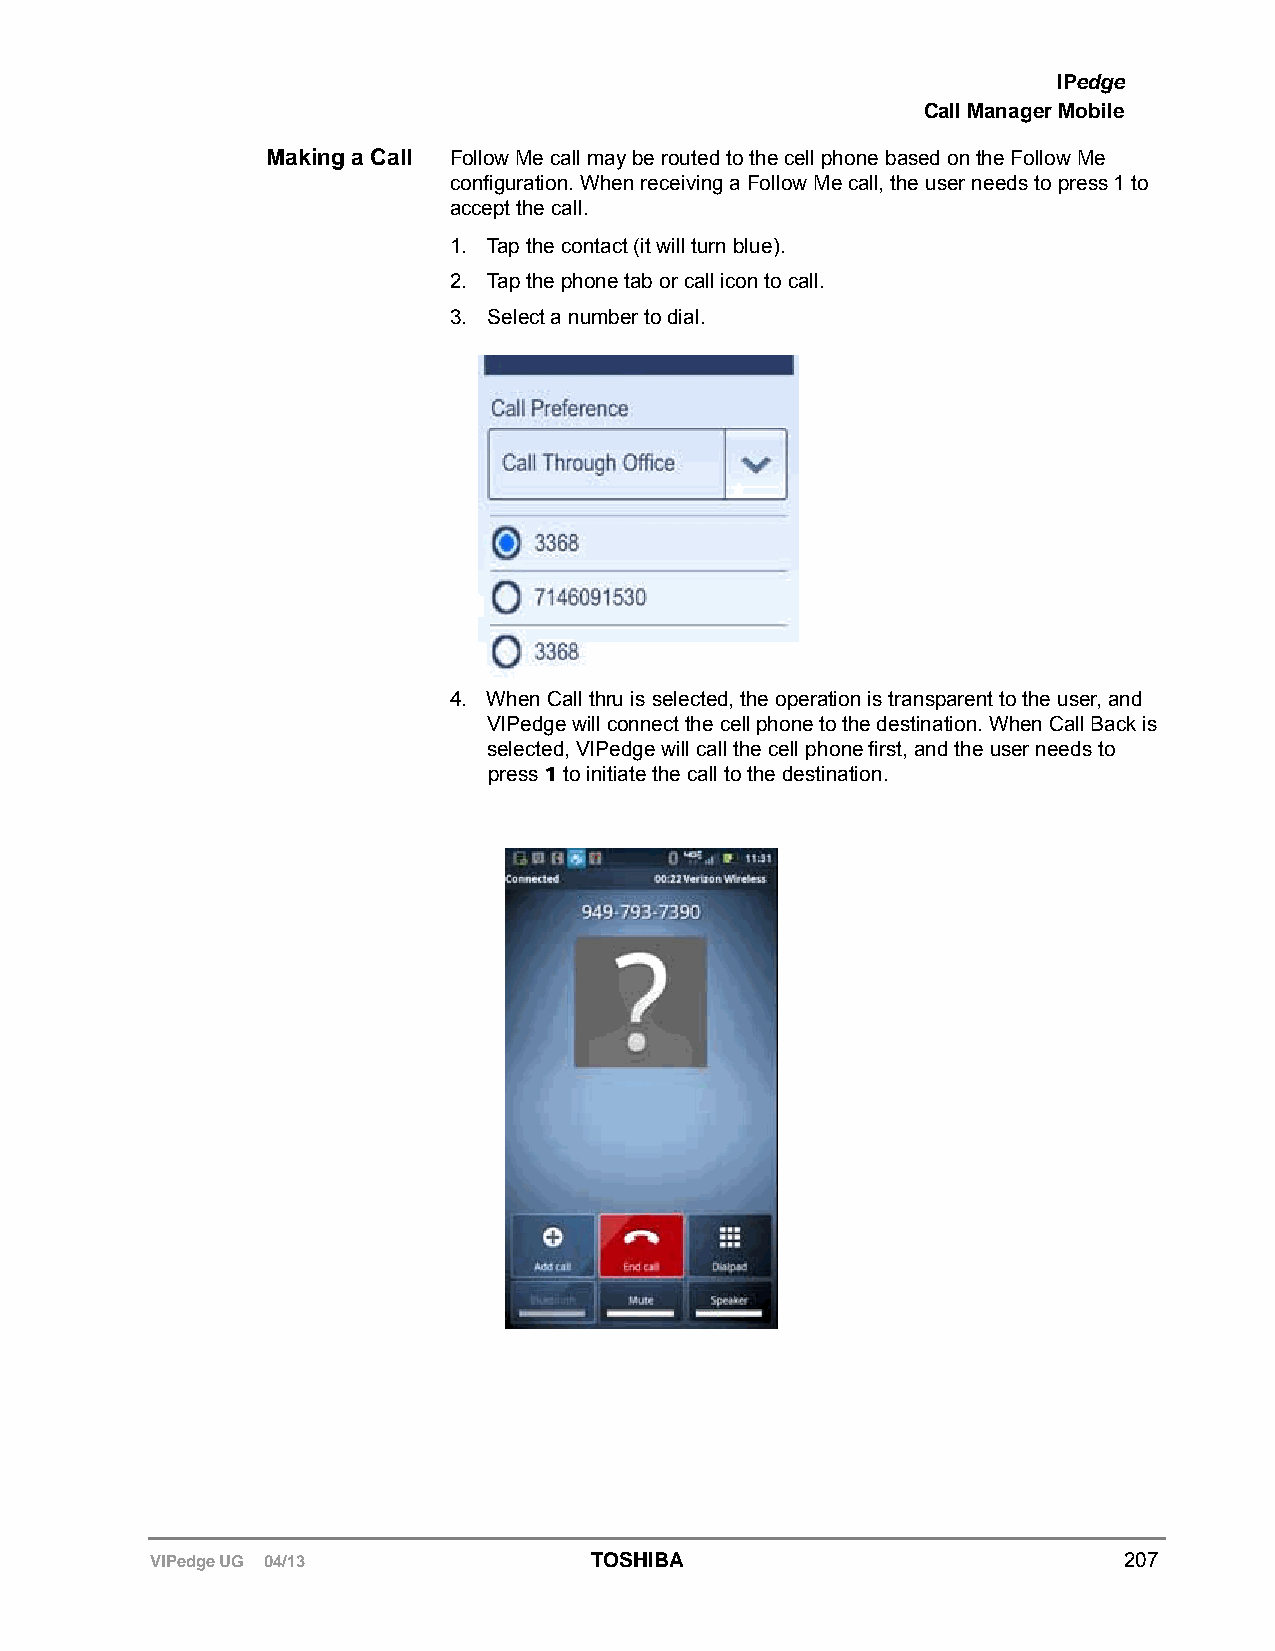
IPedge
 Call Manager Mobile
 Making a Call Follow Me call may be routed to the cell phone based on the Follow Me
 configuration. When receiving a Follow Me call, the user needs to press 1 to
 accept the call.
 1. Tap the contact (it will turn blue).
 2. Tap the phone tab or call icon to call.
 3. Select a number to dial.
 4. When Call thru is selected, the operation is transparent to the user, and
 VIPedge will connect the cell phone to the destination. When Call Back is
 selected, VIPedge will call the cell phone first, and the user needs to
 press 1 to initiate the call to the destination.
 VIPedge UG 04/13             TOSHIBA                            207